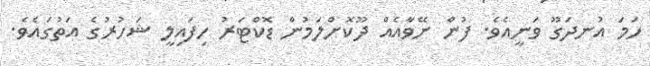
ހަމަ އުނދަގޫ ވަނީއެވެ. ފުން ނޭވާއެއް ދޫކޮށްލަމުން ޑޮކްޓަރު ހިފައިލީ ޝަހުރުގެ އަތުގައެވެ.